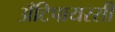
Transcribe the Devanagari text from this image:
अँटिपायरसी